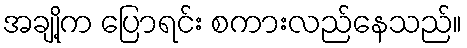
အချို့က ပြောရင်း စကားလည်နေသည်။